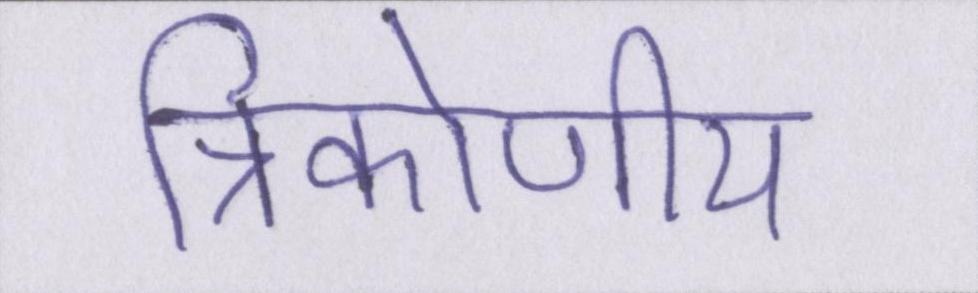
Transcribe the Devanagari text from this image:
त्रिकोणीय